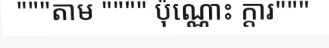
"""តាម """" ប៉ុណ្ណោះ ក្តារ"""